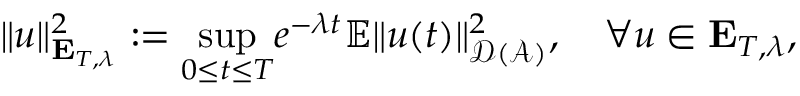
\Vert u \Vert _ { \mathbf { E } _ { T , \lambda } } ^ { 2 } : = \underset { 0 \leq t \leq T } { \operatorname* { s u p } } e ^ { - \lambda t } { \mathbb { E } \Vert u ( t ) \Vert _ { \mathcal { D } ( \mathcal { A } ) } ^ { 2 } } , \quad \forall u \in \mathbf { E } _ { T , \lambda } ,